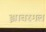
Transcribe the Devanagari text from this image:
झाबरमल